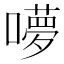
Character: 𭋥